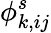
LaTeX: \phi_{k,ij}^{s}